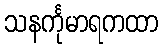
သနင်္ကုမာရကထာ